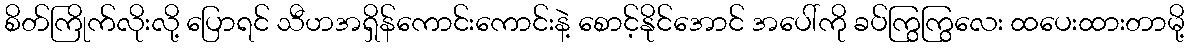
စိတ်ကြိုက်လိုးလို့ ပြောရင် သီဟအရှိန်ကောင်းကောင်းနဲ့ စောင့်နိုင်အောင် အပေါ်ကို ခပ်ကြွကြွလေး ထပေးထားတာမို့